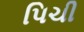
પિચી